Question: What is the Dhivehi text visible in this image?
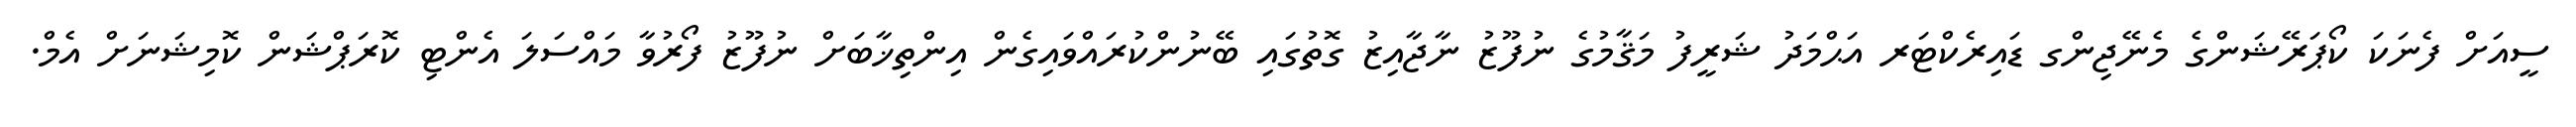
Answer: ސީއަށް ފެނަކަ ކޯޕަރޭޝަންގެ މެނޭޖިންގ ޑައިރެކްޓަރ އަޙްމަދު ޝަރީފު މަޤާމުގެ ނުފޫޒު ނާޖާއިޒު ގޮތުގައި ބޭނުންކުރައްވައިގެން އިންތިޚާބަށް ނުފޫޒު ފޯރުވާ މައްސަލަ އެންޓި ކޮރަޕްޝަން ކޮމިޝަނަށް އެމް.